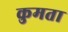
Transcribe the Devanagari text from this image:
कुमता